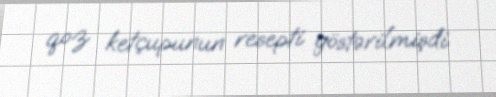
qoz ketçupunun resepti göstərilmişdi.